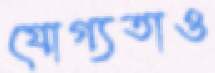
যোগ্যতাও